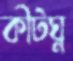
কীটঘ্ন